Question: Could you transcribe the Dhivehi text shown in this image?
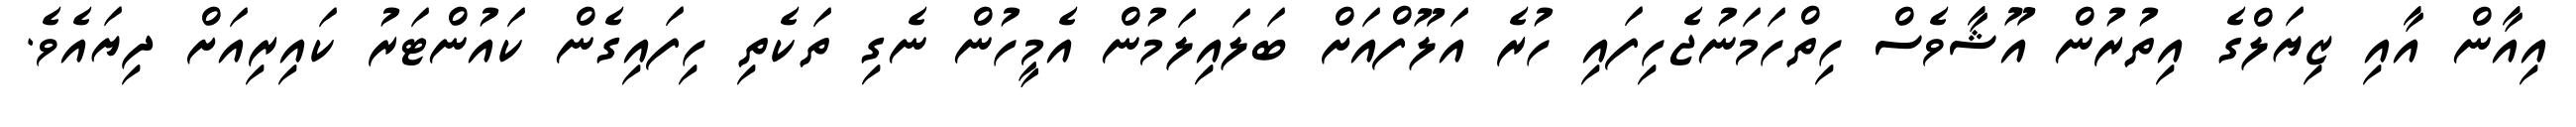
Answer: އިއާން އާއި ޒިޔަލްގެ އިތުރުން އޫޝާވެސް ހިތްހަމަނުޖެހިފައި ހުރެ އަލޫފްއަށް ބަލައިލަމުން އެމީހުން ނެގި ތަކެތި ހިފައިގެން ކައުންޓަރު ކައިރިއަށް ދިޔައެވެ.